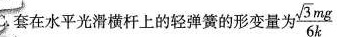
C.套在水平光滑横杆上的轻弹簧的形变量为 $$\frac{\sqrt{3}mg}{6k}$$